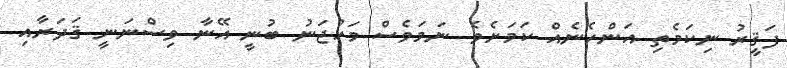
ފަޤީރު ނިކަމެތި އަންހެނެއް ކަމަށެވެ. ނަމަވެސް މަހުޖަނު ބުނީ އޭނާ ވިސްނަނީ ޤަދަރާއި